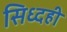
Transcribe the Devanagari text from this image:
सिध्दही